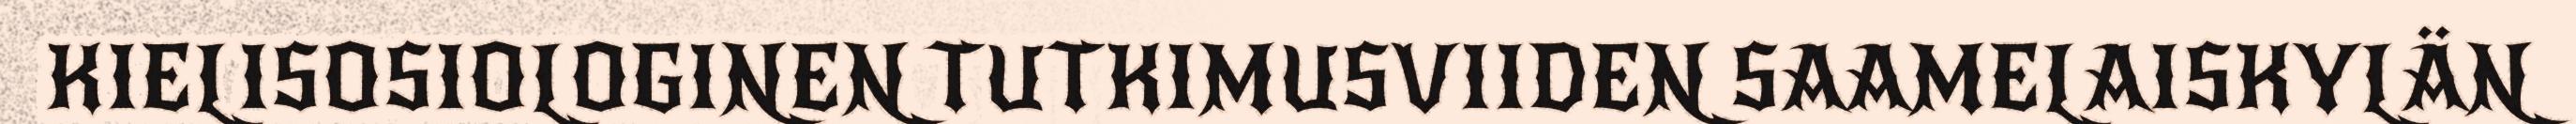
KIELISOSIOLOGINEN TUTKIMUSVIIDEN SAAMELAISKYLÄN